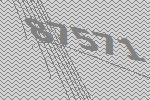
87571